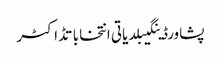
پشاورڈینگیبلدیاتی انتخاباتڈاکٹر